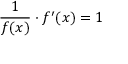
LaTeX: { \frac { 1 } { f ( x ) } } \cdot f ^ { \prime } ( x ) = 1